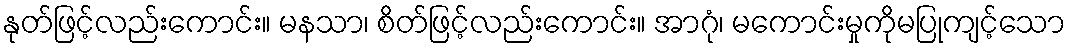
နုတ်ဖြင့်လည်းကောင်း။ မနသာ၊ စိတ်ဖြင့်လည်းကောင်း။ အာဂုံ၊ မကောင်းမှုကိုမပြုကျင့်သော